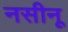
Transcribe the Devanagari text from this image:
नसीनू